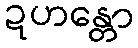
ဍဟန္တော